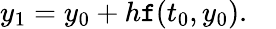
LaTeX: y_{1}=y_{0}+h\mathtt{f}(t_{0},y_{0}).\quad